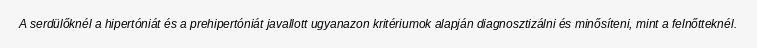
A serdülőknél a hipertóniát és a prehipertóniát javallott ugyanazon kritériumok alapján diagnosztizálni és minősíteni, mint a felnőtteknél.